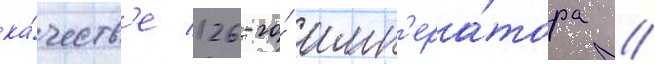
ка́честв'е 126-го́ имп'ера́тора /